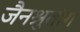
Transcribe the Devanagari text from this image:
जैनश्रुतांग